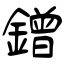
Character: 鏳